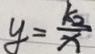
y = \frac { k _ { 2 } } { x }